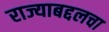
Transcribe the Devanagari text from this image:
राज्याबद्दलचा